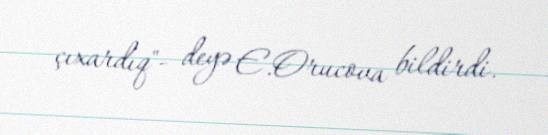
çıxardıq"- deyə E.Orucova bildirdi.